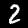
Digit: 2